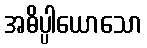
အဓိပ္ပါယောသော